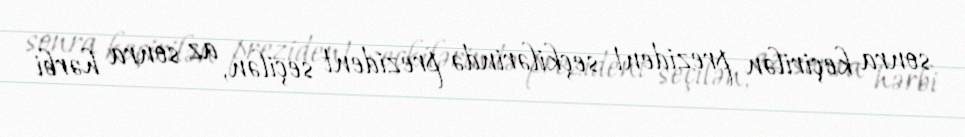
sonra keçirilən prezident seçkilərində prezident seçilən, az sonra hərbi